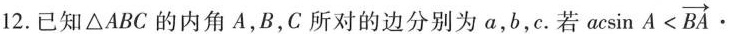
12.已知\triangle ABC的内角A，B，C所对的边分别为a，b，c.若 $$a \cos A< \overrightarrow{BA}$$.